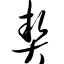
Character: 契